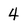
Character: 4